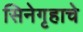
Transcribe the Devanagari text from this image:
सिनेगृहाचे